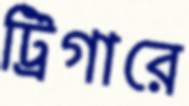
ট্রিগারে